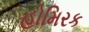
હોમિરક